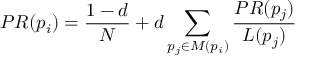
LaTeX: P R ( p _ { i } ) = { \frac { 1 - d } { N } } + d \sum _ { p _ { j } \in M ( p _ { i } ) } { \frac { P R ( p _ { j } ) } { L ( p _ { j } ) } }